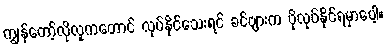
ကျွန်တော့်လိုလူကတောင် လုပ်နိုင်သေးရင် ခင်ဗျားက ပိုလုပ်နိုင်ရမှာပေါ့။